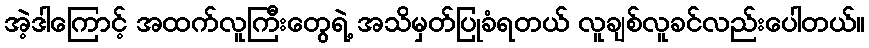
အဲ့ဒါကြောင့် အထက်လူကြီးတွေရဲ့ အသိမှတ်ပြုခံရတယ် လူချစ်လူခင်လည်းပေါတယ်။